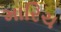
મારિચ